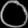
Digit: ၀